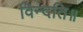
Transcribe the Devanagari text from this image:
विन्दति॥